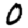
Digit: 0